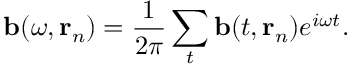
\mathbf { b } ( \omega , \mathbf { r } _ { n } ) = \frac { 1 } { 2 \pi } \sum _ { t } \mathbf { b } ( t , \mathbf { r } _ { n } ) e ^ { i \omega t } .